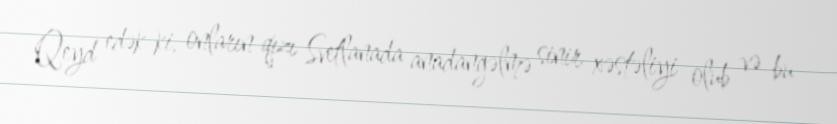
Qeyd edək ki, onların qızı Svetlanada anadangəlmə sinir xəstəliyi olub və bu